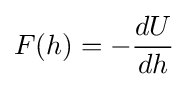
F(h)=-{dU \over dh}